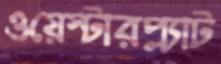
ওয়েস্টারপ্ল্যাট